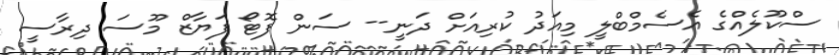
ސްކޫލެއްގެ އެސެމްބްލީ މިއަދު ކުރިއަށް ދަނީ-- ސަން ފޮޓޯ ފަޔާޒް މޫސަ ދިރާސީ